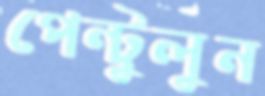
পেন্টুলুন